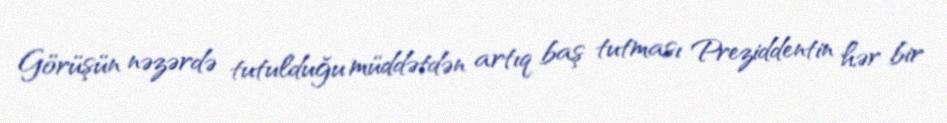
Görüşün nəzərdə tutulduğu müddətdən artıq baş tutması Preziddentin hər bir